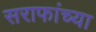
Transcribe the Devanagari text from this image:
सराफांच्या